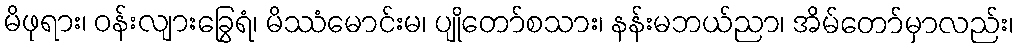
မိဖုရား၊ ဝန်းလျားခြွေရံ၊ မိဿံမောင်းမ၊ ပျိုတော်စသား၊ နန်းမဘယ်ညာ၊ အိမ်တော်မှာလည်း၊